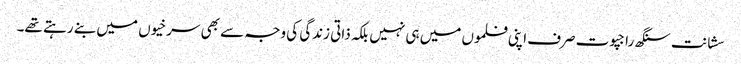
سشانت سنگھ راجپوت صرف اپنی فلموں میں ہی نہیں بلکہ ذاتی زندگی کی وجہ سے بھی سرخیوں میں بنے رہتے تھے۔